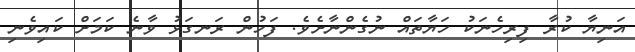
އަނިޔާ ކުރާ ފިރިހެނަކު ހަޔާތައް ނުގެންނާށެވެ. ފަހުން ރަނގަޅު ވާނެ ކަމަށް ކައިވެނި